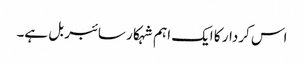
اس کردار کا ایک اہم شہکار سائبر بل ہے۔